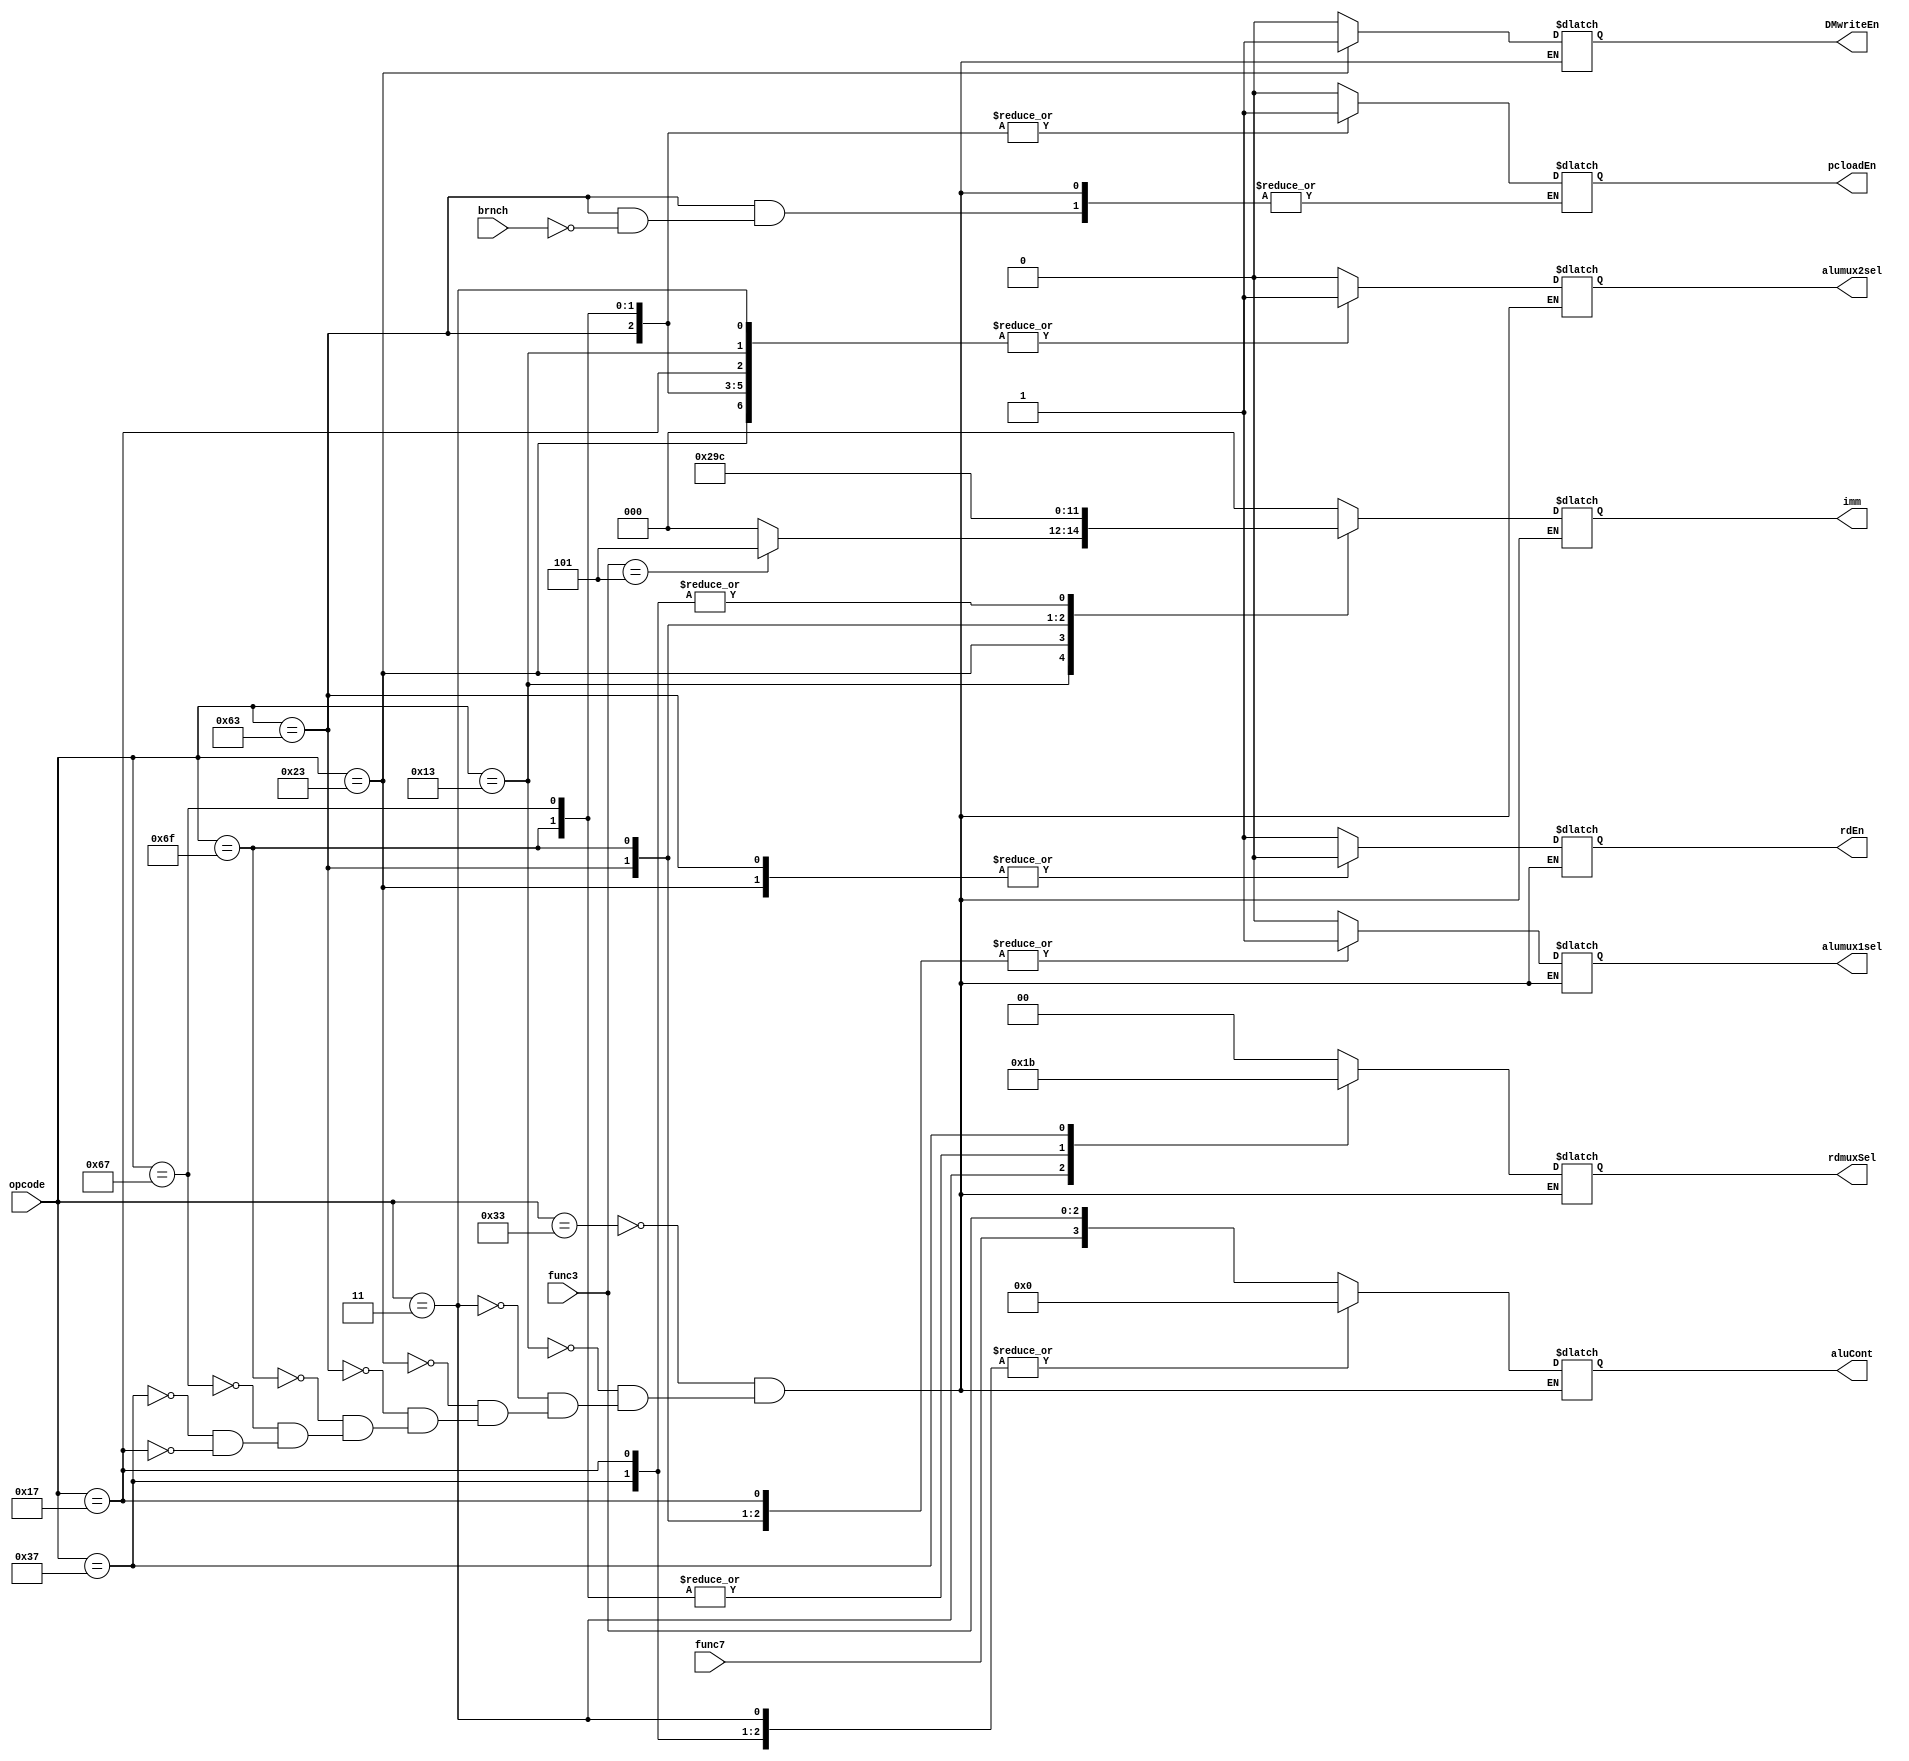
module controlUnit(
    input wire[6:0]opcode,            ///reduce
    input wire[2:0]func3,
    input wire func7,
    input wire brnch,

    output reg[3:0] aluCont,
    output reg rdEn,
    output reg DMwriteEn,
    output reg pcloadEn,
    output reg[1:0]rdmuxSel,
    output reg alumux1sel,
    output reg alumux2sel,
    output reg[2:0]imm   
    );



always@(*) begin
    case(opcode)
    7'b0110011: begin         //R
        aluCont = {func7, func3};
        rdEn = 1;
        DMwriteEn = 0;
        imm = 3'b000; 
        rdmuxSel = 2'b00;
        alumux1sel  = 0;
        alumux2sel = 0;
        pcloadEn = 0;
    end

    7'b0010011: begin    //I Arithmetic/logic
        aluCont = {func7, func3};
        rdEn = 1;
        DMwriteEn = 0;
        if(func3==3'b101)
            imm = 3'b101; 
        else imm = 3'b000;

        rdmuxSel = 2'b00;
        alumux1sel  = 0;
        alumux2sel = 1;
        pcloadEn = 0;
    end

    7'b0000011: begin    //I load
        aluCont = 4'b0000;
        rdEn = 1;
        DMwriteEn = 0;
        imm = 3'b000;
        rdmuxSel = 2'b01;
        alumux1sel  = 0;
        alumux2sel = 1;
        pcloadEn = 0;
    end

    7'b0100011: begin    //S
        aluCont = 4'b0000;
        rdEn = 0;
        DMwriteEn = 1;
        imm = 3'b001;
        rdmuxSel = 2'b00;
        alumux1sel  = 0;
        alumux2sel = 1;
        pcloadEn = 0;
        
    end

    7'b1100011: begin    //B
        aluCont = 4'b0000;
        rdEn = 0;
        DMwriteEn = 0;
        imm = 3'b010;
        rdmuxSel = 2'b00;
        alumux1sel  = 1;
        alumux2sel = 1;
        if (brnch)
            pcloadEn = 1;
    end

    7'b1101111: begin    //J
        aluCont = 4'b0000;
        rdEn = 1;
        DMwriteEn = 0;
        imm = 3'b011; 
        rdmuxSel = 2'b10;
        alumux1sel  = 1;
        alumux2sel = 1;
        pcloadEn = 1;
    end

    7'b1100111: begin    //I JALR
        aluCont = 4'b0000;
        rdEn = 1;
        DMwriteEn = 0;
        imm = 3'b000; 
        rdmuxSel = 2'b10;
        alumux1sel  = 0;
        alumux2sel = 1;
        pcloadEn = 1;
    end

    7'b0110111: begin    //U LUI
        aluCont = 4'b0000;
        rdEn = 1;
        DMwriteEn = 0;
        imm = 3'b100; 
        rdmuxSel = 2'b11;
        alumux1sel  = 0;
        alumux2sel = 0;
        pcloadEn = 0;
    end

    7'b0010111: begin    //U AUIPC
        aluCont = 4'b0000;
        rdEn = 1;
        DMwriteEn = 0;
        imm = 3'b100; 
        rdmuxSel = 2'b00;
        alumux1sel  = 1;
        alumux2sel = 1;
        pcloadEn = 0;
    end
    endcase

end


endmodule